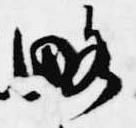
略